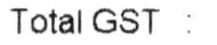
TOTAL GST :